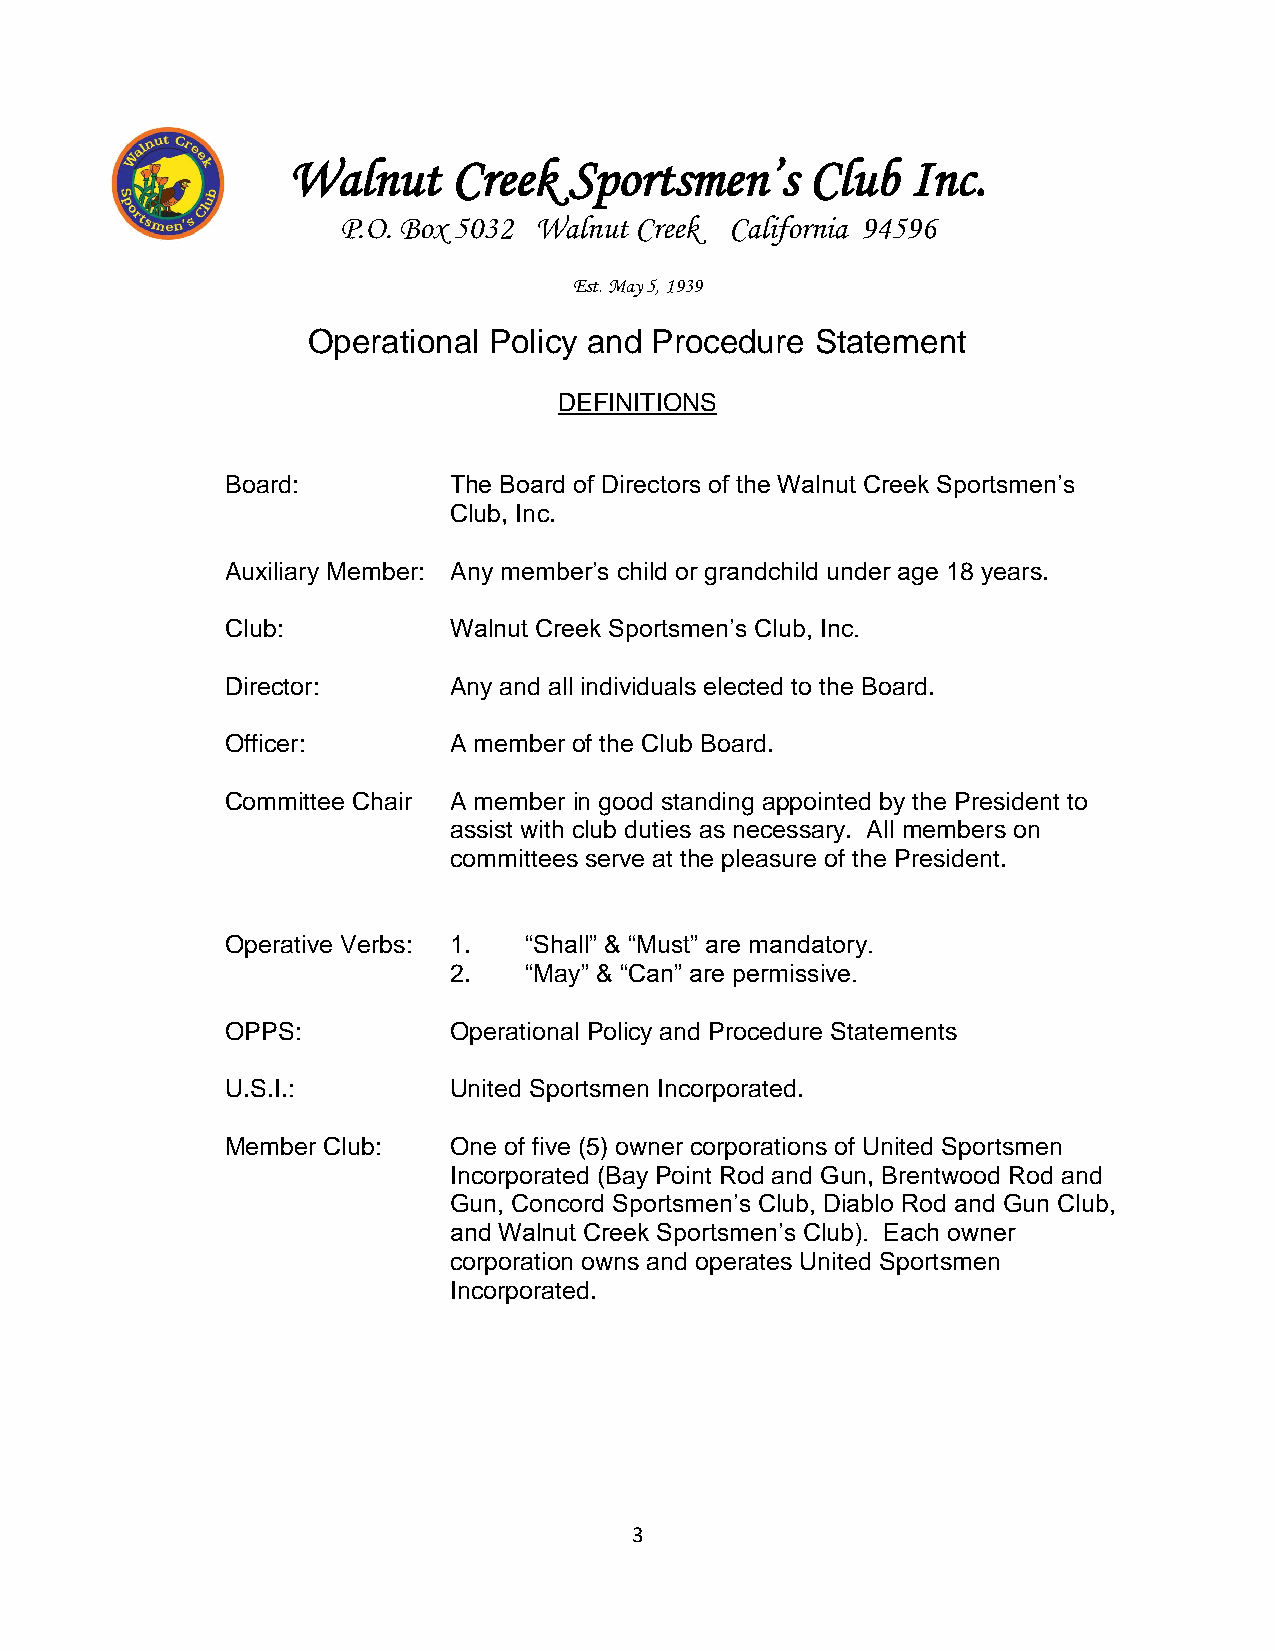
Walnut     Creek   Sportsmen’s     Club  Inc.
 P.O. Box 5032 Walnut Creek California 94596
 Est. May 5, 1939
 Operational Policy and Procedure  Statement
 DEFINITIONS
 Board:         The Board of Directors of the Walnut Creek Sportsmen’s
 Club, Inc.
 Auxiliary Member: Any member’s child or grandchild under age 18 years.
 Club:          Walnut Creek Sportsmen’s Club, Inc.
 Director:      Any and all individuals elected to the Board.
 Officer:       A member of the Club Board.
 Committee Chair A member in good standing appointed by the President to
 assist with club duties as necessary. All members on
 committees serve at the pleasure of the President.
 Operative Verbs: 1. “Shall” & “Must” are mandatory.
 2.   “May” & “Can” are permissive.
 OPPS:          Operational Policy and Procedure Statements
 U.S.I.:        United Sportsmen Incorporated.
 Member Club:   One of five (5) owner corporations of United Sportsmen
 Incorporated (Bay Point Rod and Gun, Brentwood Rod and
 Gun, Concord Sportsmen’s Club, Diablo Rod and Gun Club,
 and Walnut Creek Sportsmen’s Club). Each owner
 corporation owns and operates United Sportsmen
 Incorporated.
 3